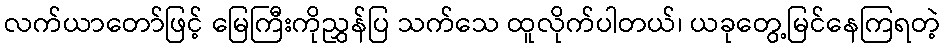
လက်ယာတော်ဖြင့် မြေကြီးကိုညွှန်ပြ သက်သေ ထူလိုက်ပါတယ်၊ ယခုတွေ့မြင်နေကြရတဲ့